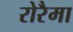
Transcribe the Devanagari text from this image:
रोरैमा